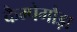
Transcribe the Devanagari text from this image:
कैम्पेगौड़ा